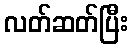
လတ်ဆတ်ပြီး